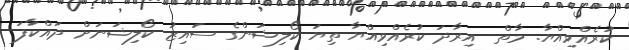
ކުރެއްވިއްޔާ. މާތް  އިރާދަ ކުރެއްވިއްޔާ ތިޔަ ކޯލިޝަންގެ ސައިޒު ކޯލިޝަނަށް ދައްކާފަ